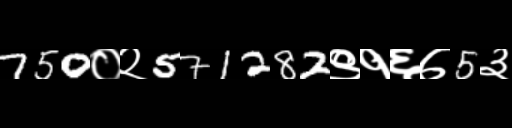
Text: 750०२571282९१६७5३